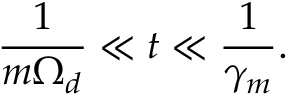
\frac { 1 } { m \Omega _ { d } } \ll t \ll \frac { 1 } { \gamma _ { m } } .